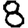
Digit: 8